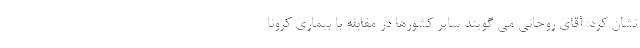
نشان کرد: آقای روحانی می گویند سایر کشورها در مقابله با بیماری کرونا